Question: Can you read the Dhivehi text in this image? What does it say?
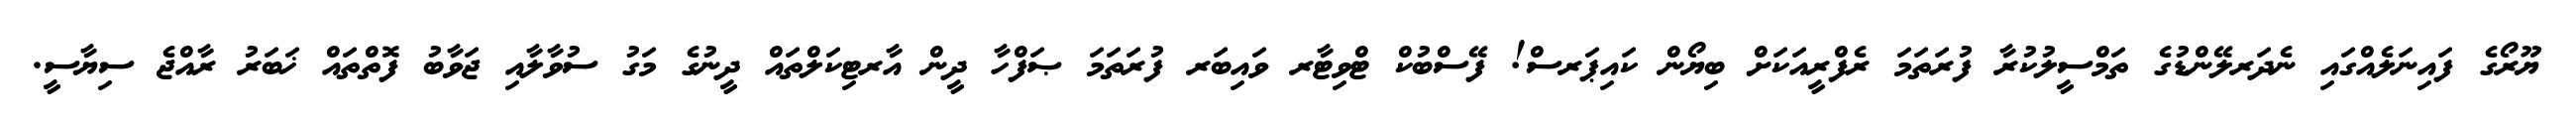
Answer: ޔޫރޯގެ ފައިނަލެއްގައި ނެދަރލޭންޑުގެ ތަމްސީލުކުރާ ފުރަތަމަ ރެފްރީއަކަށް ބިޔޯން ކައިޕަރސް! ފޭސްބުކް ޓްވިޓާރ ވައިބަރ ފުރަތަމަ ޞަފްހާ ދީން އާރޓިކަލްތައް ދީނުގެ މަގު ސުވާލާއި ޖަވާބު ފޮތްތައް ޚަބަރު ރާއްޖެ ސިޔާސީ.